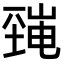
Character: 𡐜